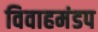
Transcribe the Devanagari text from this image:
विवाहमंडप